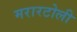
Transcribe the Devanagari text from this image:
मरारटोली